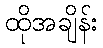
ထိုအချိန်း